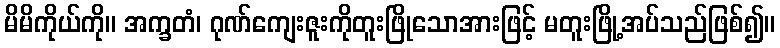
မိမိကိုယ်ကို။ အက္ခတံ၊ ဂုဏ်ကျေးဇူးကိုတူးဖြိုသောအားဖြင့် မတူးဖြို့အပ်သည်ဖြစ်၍။